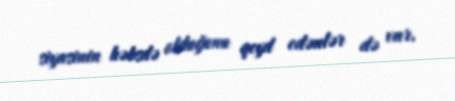
siyasinin həbsdə olduğunu qeyd edənlər də var.